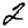
Digit: 2